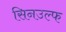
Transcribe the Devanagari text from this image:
सिनउल्फ